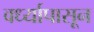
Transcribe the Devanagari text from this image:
वर्ध्यापासून